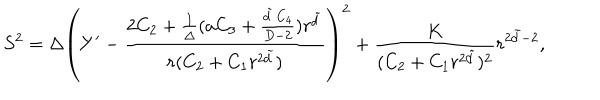
LaTeX: S ^ { 2 } = \Delta \left( Y ^ { \prime } - \frac { 2 C _ { 2 } + \frac { 1 } { \Delta } ( a C _ { 3 } + \frac { \tilde { d } \, C _ { 4 } } { D - 2 } ) r ^ { \tilde { d } } } { r ( C _ { 2 } + C _ { 1 } r ^ { 2 \tilde { d } } ) } \right) ^ { 2 } + \frac { K } { ( C _ { 2 } + C _ { 1 } r ^ { 2 \tilde { d } } ) ^ { 2 } } r ^ { 2 \tilde { d } - 2 } ,